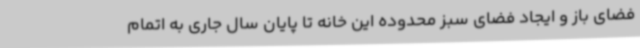
فضای باز و ایجاد فضای سبز محدوده این خانه تا پایان سال جاری به اتمام